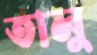
তালু